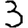
Digit: 3